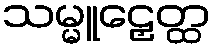
သမ္မူဠှေတ္ထ